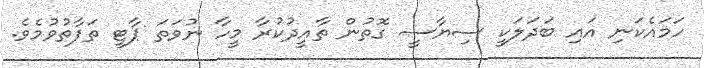
ހަމައެކަނި އައި ބަދަލަކީ ސިޔާސީ ގޮތުން ތާއީދުކުރާ މީހާ ނުވަތަ ޕާޓީ ތަފާތުވުމެވެ.